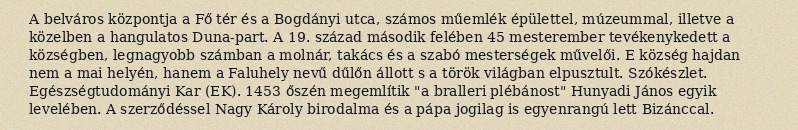
A belváros központja a Fő tér és a Bogdányi utca, számos műemlék épülettel, múzeummal, illetve a közelben a hangulatos Duna-part. A 19. század második felében 45 mesterember tevékenykedett a községben, legnagyobb számban a molnár, takács és a szabó mesterségek művelői. E község hajdan nem a mai helyén, hanem a Faluhely nevű dűlőn állott s a török világban elpusztult. Szókészlet. Egészségtudományi Kar (EK). 1453 őszén megemlítik "a bralleri plébánost" Hunyadi János egyik levelében. A szerződéssel Nagy Károly birodalma és a pápa jogilag is egyenrangú lett Bizánccal.